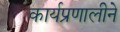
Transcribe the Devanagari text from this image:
कार्यप्रणालीने